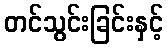
တင်သွင်းခြင်းနှင့်